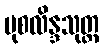
မုစလိန္ဒသုတ္တ